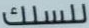
للسلك